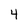
Character: 4